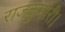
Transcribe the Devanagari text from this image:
राजकुमारी।